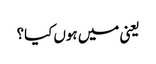
یعنی میں ہوں کیا؟